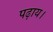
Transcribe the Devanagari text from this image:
पढ़ाय।